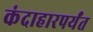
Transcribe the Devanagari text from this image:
कंदाहारपर्यंत